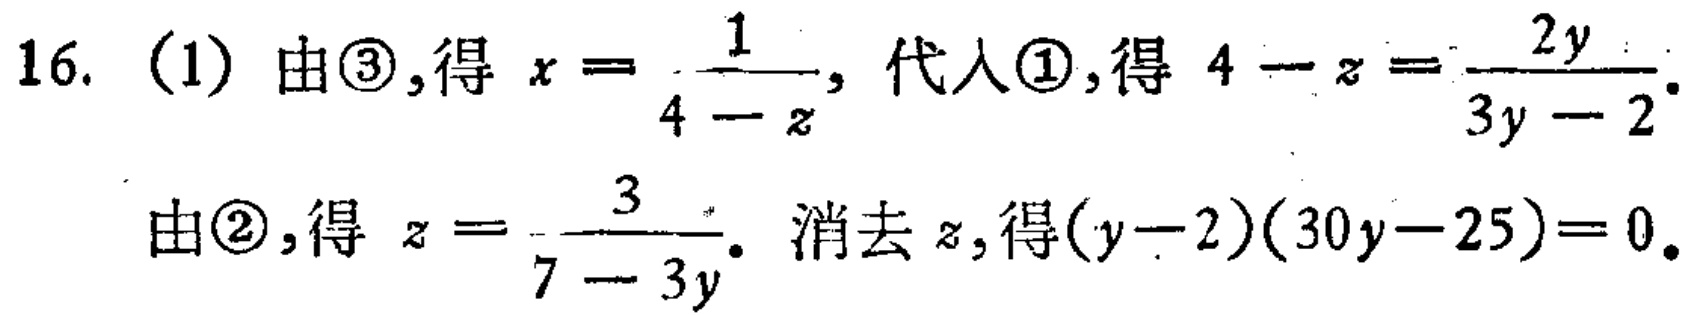
16. (1) 由\textcircled{3},得 \(x = \frac{1}{4 - z}\), 代入\textcircled{1},得 \(4 - z = \frac{2y}{3y - 2}\).
由\textcircled{2},得 \(z = \frac{3}{7 - 3y}\). 消去 \(z\),得\((y - 2)(30y - 25)=0\).